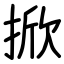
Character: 掀